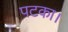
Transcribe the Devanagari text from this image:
पटका।